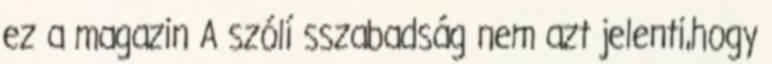
ez a magazin A szólí sszabadság nem azt jelenti,hogy